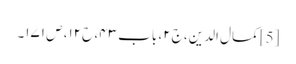
[5] کمال الدین، ج۲، باب ۴۳، ح۱۲، ص ۱۷۱۔